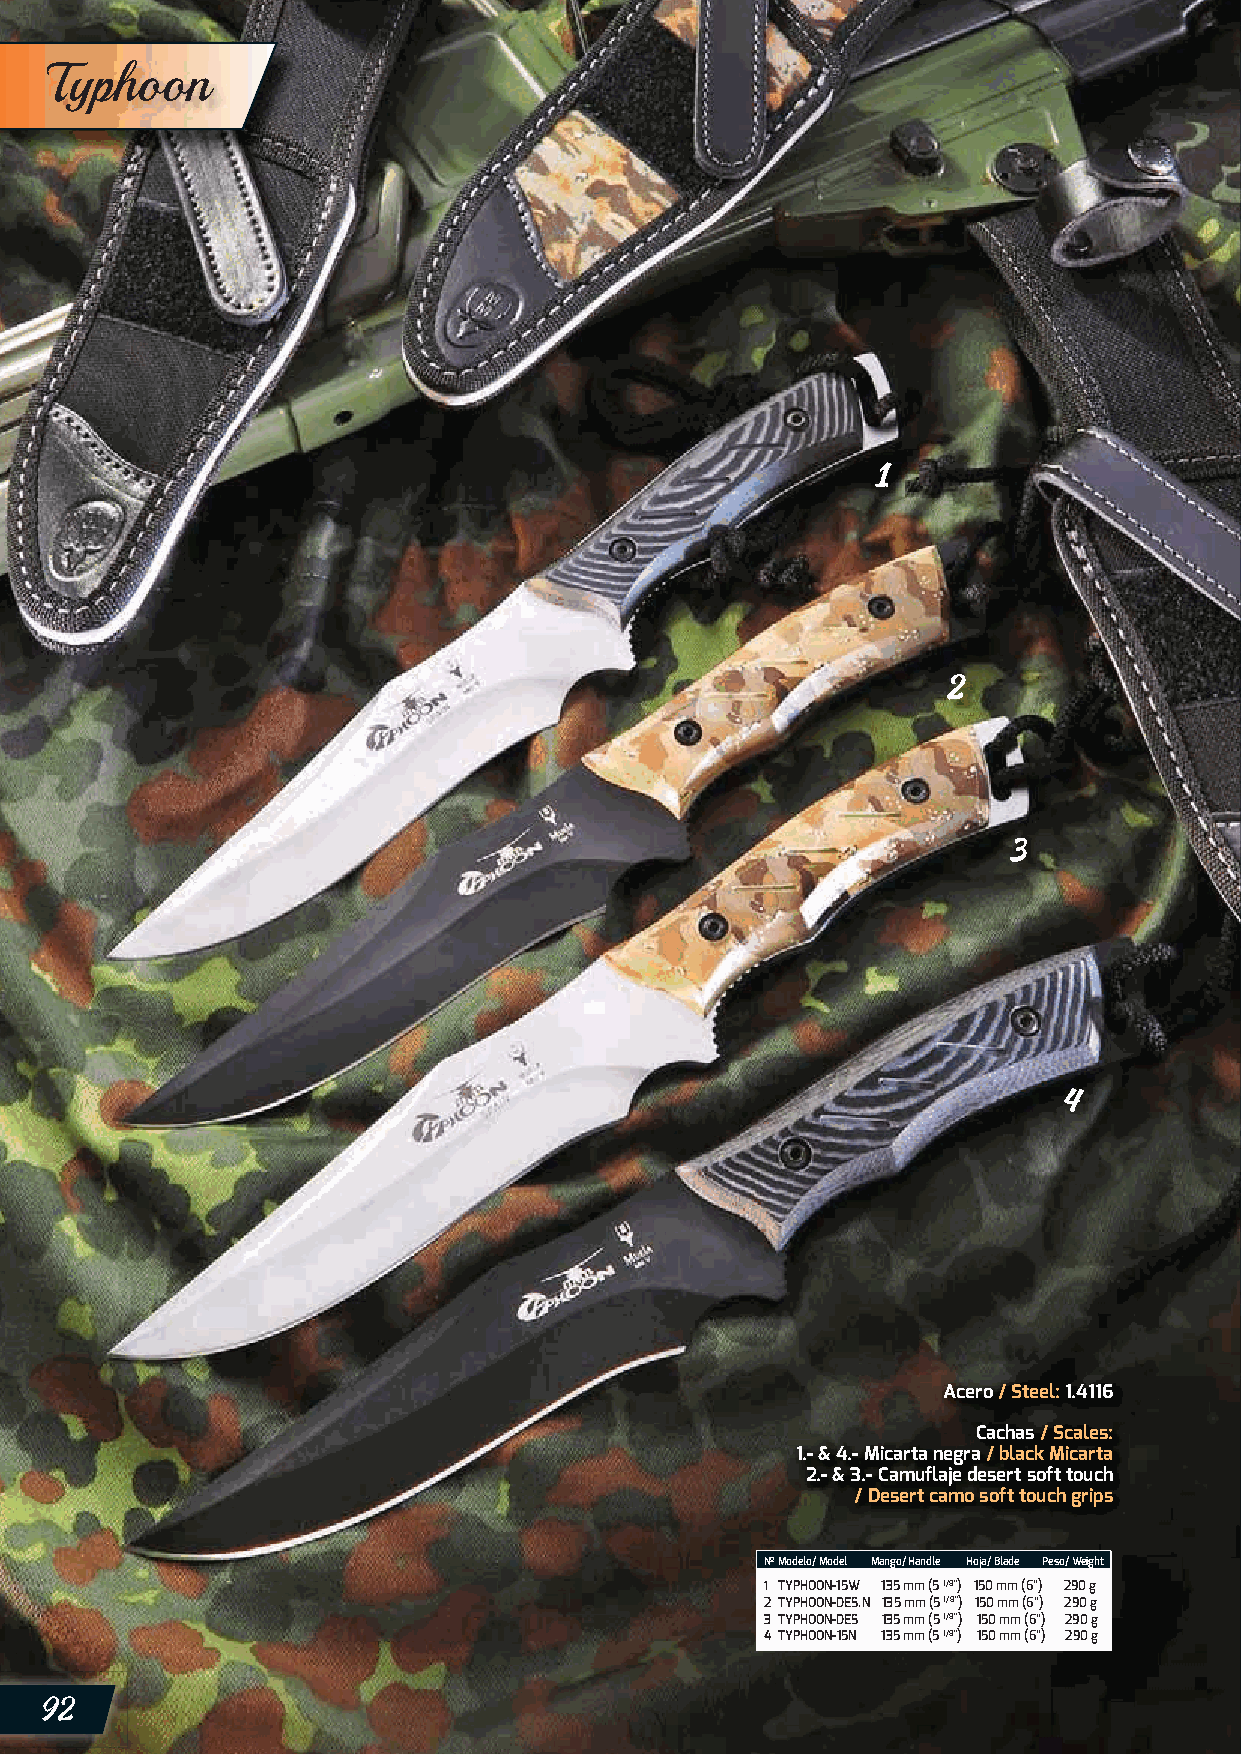
Typhoon
 Acero / Steel: 1.4116
 Cachas / Scales:
 1.- & 4.- Micarta negra / black Micarta
 2.- & 3.- Camuflaje desert soft touch
 / Desert camo soft touch grips
 Nº Modelo/ Model Mango/ Handle Hoja/ Blade Peso/ Weight
 1 TYPHOON-15W 135 mm (5 1/8”) 150 mm (6”) 290 g
 2 TYPHOON-DES.N 135 mm (5 1/8”) 150 mm (6”) 290 g
 3 TYPHOON-DES 135 mm (5 1/8”) 150 mm (6”) 290 g
 4 TYPHOON-15N 135 mm (5 1/8”) 150 mm (6”) 290 g
 92